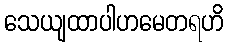
သေယျထာပါဟမေတရဟိ